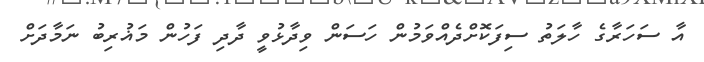
އާ ސަހަރާގެ ހާލަތު ސިފަކޮށްދެއްވަމުން ހަސަން ވިދާޅުވީ ދާދި ފަހުން މަޣުރިބު ނަމާދަށް